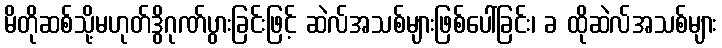
မိတိုဆစ်သို့မဟုတ်ဒွိဂုဏ်ပွားခြင်းဖြင့် ဆဲလ်အသစ်များဖြစ်ပေါ်ခြင်း၊ ခ ထိုဆဲလ်အသစ်များ